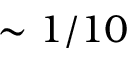
\sim 1 / 1 0